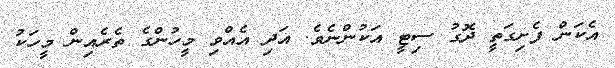
އެކަން ފެށިގަތީ ދޮގު ސިޓީ އަކުންނެވެ. އަދި އެއްވި މީހުންގެ ތެރެއިން މީހަކު